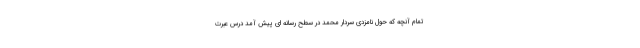
تمام آنچه که حول نامزدی سردار محمد در سطح رسانه ای پیش آمد درس عبرت